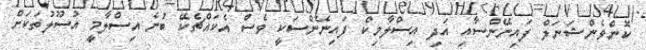
ކޮންވެންޝަނަލް ފައިނޭންސާއި އަދި އިސްލާމިކް ފައިނޭންސަކީ ވެސް އެކައްޗެކޭ ބުނެ އިސްލާމީ އުސޫލުތަކަށް